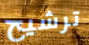
ترشيح